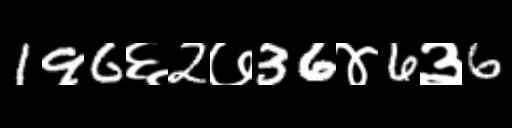
Text: 196६2७36४6३6